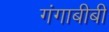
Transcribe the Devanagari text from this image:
गंगाबीबी